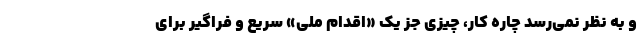
و به نظر نمی‌رسد چاره کار، چیزی جز یک «اقدام ملی» سریع و فراگیر برای